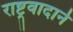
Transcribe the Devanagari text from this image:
राष्ट्रवादाने